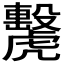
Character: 𧈗